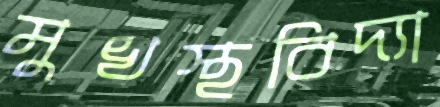
মুখস্থবিদ্যা